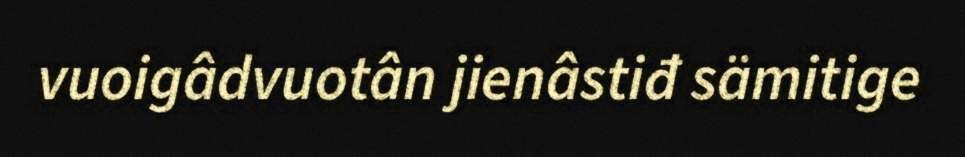
vuoigâdvuotân jienâstiđ sämitige